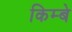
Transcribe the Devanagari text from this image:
किम्बे